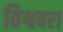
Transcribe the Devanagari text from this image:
विश्ववरा